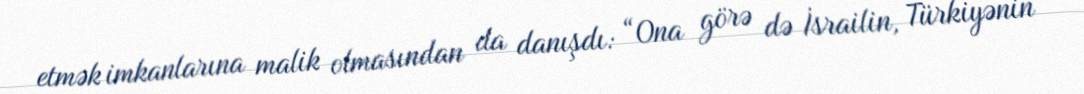
etmək imkanlarına malik olmasından da danışdı: “Ona görə də İsrailin, Türkiyənin